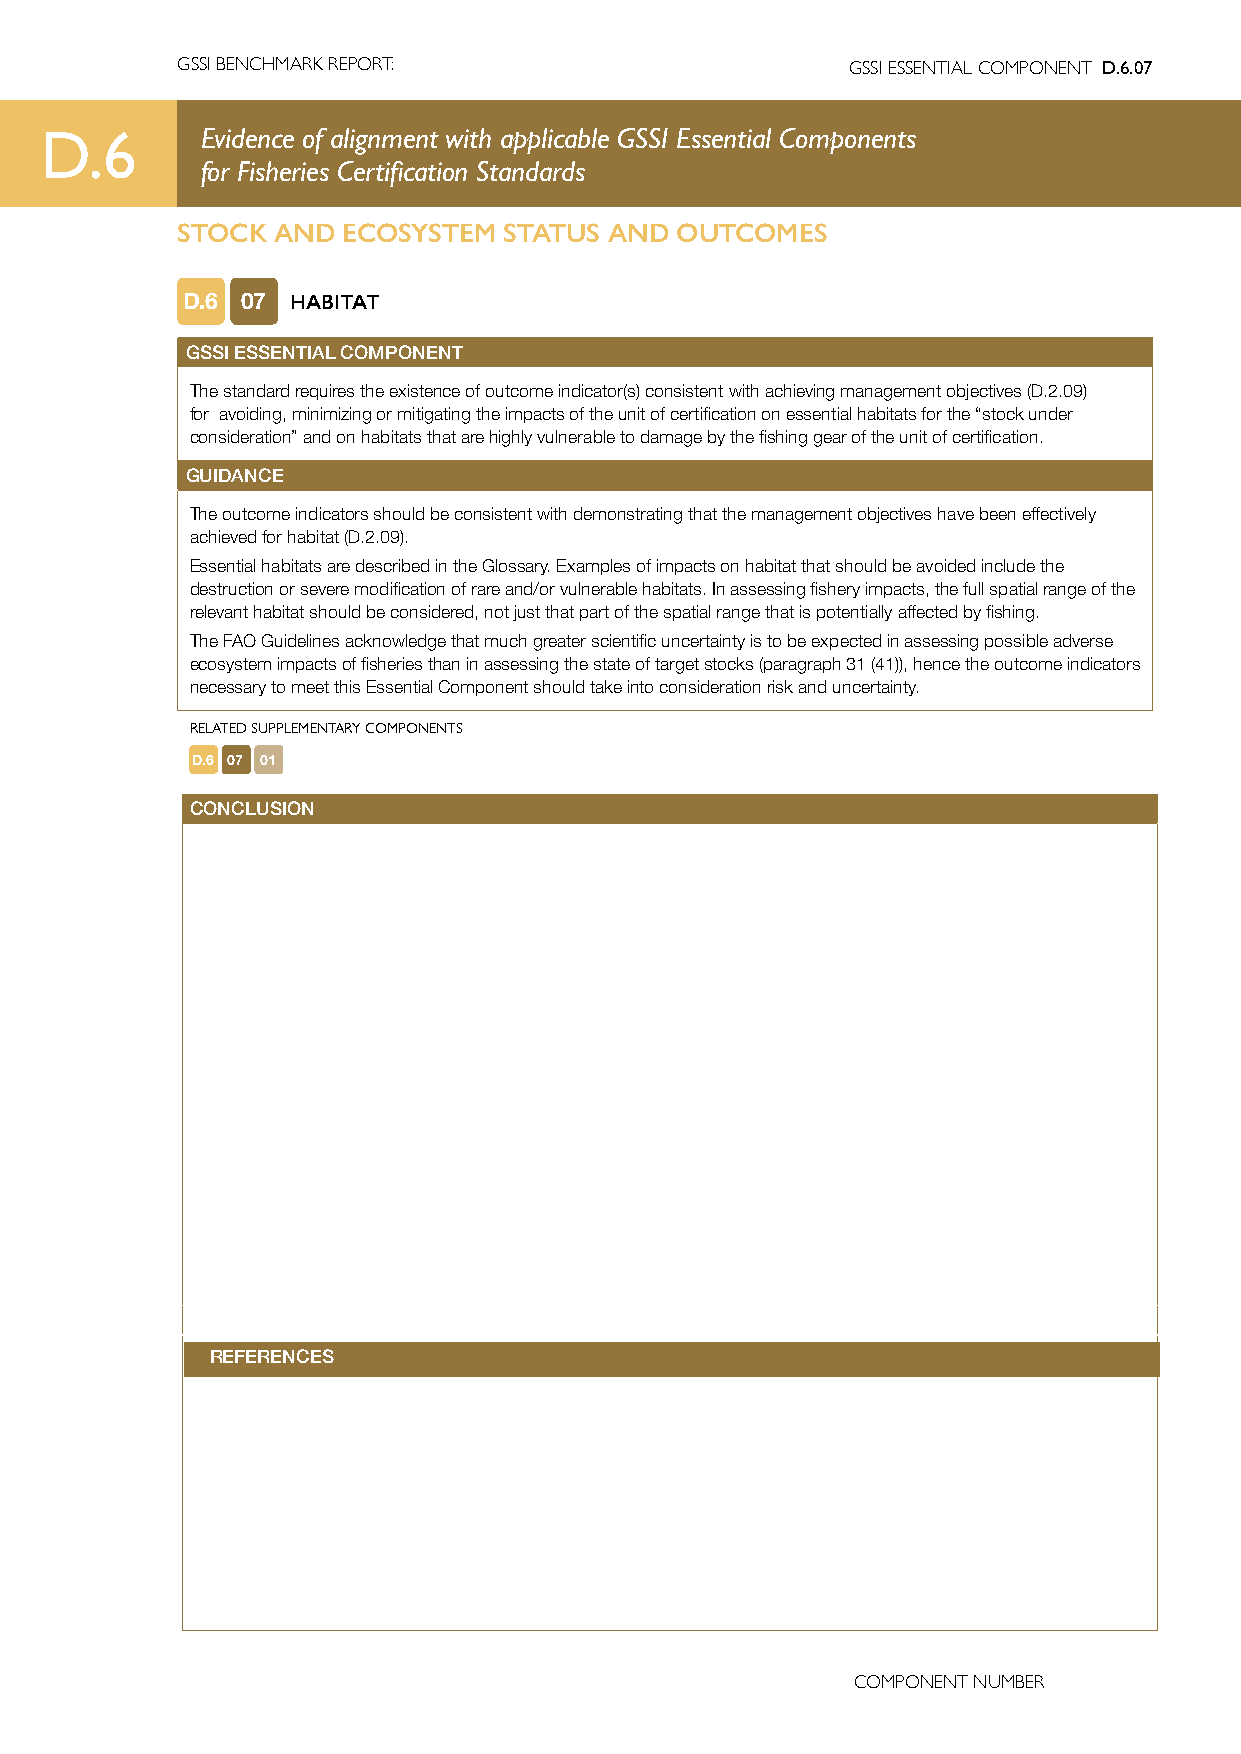
GSSI BENCHMARK REPORT:                      GSSI ESSENTIAL COMPONENT D.6.07
 D.6       Evidence of alignment with applicable GSSI Essential Components
 for Fisheries Certification Standards
 STOCK AND  ECOSYSTEM STATUS AND  OUTCOMES
 D.6 07 HABITAT
 GSSI ESSENTIAL COMPONENT
 The standard requires the existence of outcome indicator(s) consistent with achieving management objectives (D.2.09)
 for avoiding, minimizing or mitigating the impacts of the unit of certification on essential habitats for the “stock under
 consideration” and on habitats that are highly vulnerable to damage by the fishing gear of the unit of certification.
 GUIDANCE
 The outcome indicators should be consistent with demonstrating that the management objectives have been effectively
 achieved for habitat (D.2.09).
 Essential habitats are described in the Glossary. Examples of impacts on habitat that should be avoided include the
 destruction or severe modification of rare and/or vulnerable habitats. In assessing fishery impacts, the full spatial range of the
 relevant habitat should be considered, not just that part of the spatial range that is potentially affected by fishing.
 The FAO Guidelines acknowledge that much greater scientific uncertainty is to be expected in assessing possible adverse
 ecosystem impacts of fisheries than in assessing the state of target stocks (paragraph 31 (41)), hence the outcome indicators
 necessary to meet this Essential Component should take into consideration risk and uncertainty.
 RELATED SUPPLEMENTARY COMPONENTS
 D.6 07 01
 CONCLUSION
 REFERENCES
 COMPONENT NUMBER